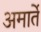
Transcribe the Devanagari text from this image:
अमार्ते